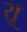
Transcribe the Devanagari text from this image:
र्‍ाू